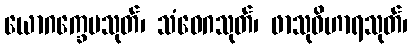
ယောဂက္ခေမသုတ်၊ သံဝေဂသုတ်၊ ဖာသုဝိဟာရသုတ်၊